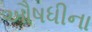
ઔષધીના